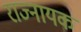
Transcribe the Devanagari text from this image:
राज्नायक